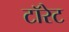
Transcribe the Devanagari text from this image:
टॉरेट